Medical and sanitary report of the native army of Bengal for the year
Year: 1876
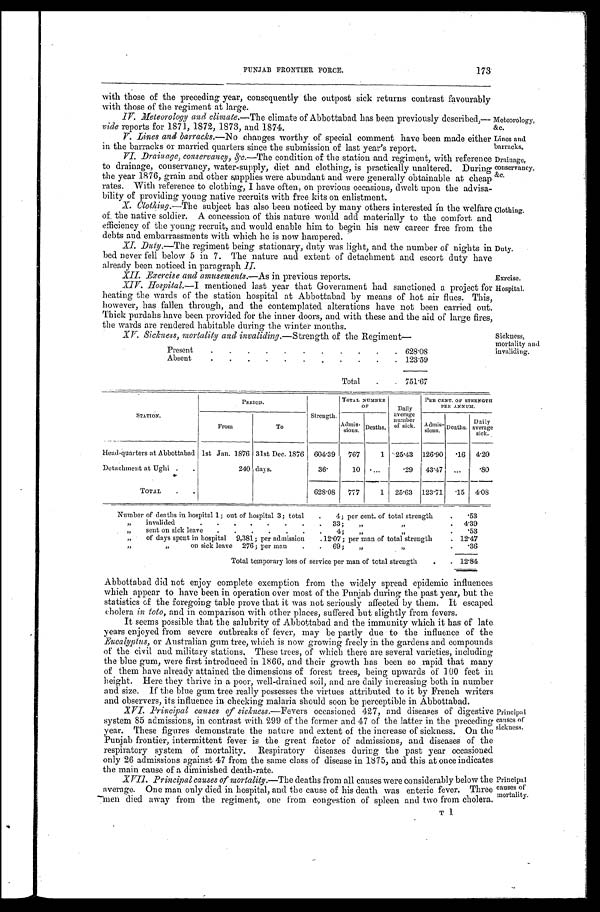
PUNJAB FRONTIER FORCE.
173
with those of the preceding year, consequently the outpost sick returns contrast favourably
with those of the regiment at large.
IV. Meteorology and climate.—The climate of Abbottabad has been previously described,—
vide reports for 1871, 1872, 1873, and 1874.
Meteorology
&c.
V. Lines and barracks.— No changes worthy of special comment have been made either
in the barracks or married quarters since the submission of last year's report.
Lines and
barracks.
VI. Drainage, conservancy, &c. —The condition of the station and regiment, with reference
to drainage, conservancy, water-supply, diet and clothing, is practically unaltered. During
the year 1876, grain and other supplies were abundant and were generally obtainable at cheap
rates. With reference to clothing, I have often, on previous occasions, dwelt upon the advisa
-bility of providing young native recruits with free kits on enlistment.
Drainage,
conservan
cy,
&c.
X. Clothing.—The subject has also been noticed by many others interested in the welfare
of the native soldier. A concession of this nature would add materially to the comfort and
efficiency of the young recruit, and would enable him to begin his new career free from the
debts and embarrassments with which he is now hampered.
Clothing.
XI.
Duty.—The regiment being stationary, duty was light, and the number of nights in
bed never fell below 5 in 7. The nature and extent of detachment and escort duty have
already been noticed in paragraph II.
Duty.
XII. Exercise and amusements.—As in previous reports.
Exrcise.
XIV. Hospital. —I mentioned last year that Government had sanctioned a project for
heating the wards of the station hospital at Abbottabad by means of hot air flues. This,
however, has fallen through, and the contemplated alterations have not been carried out.
Thick purdahs have been provided for the inner doors, and with these and the aid of large fires,
the wards are rendered habitable during the winter months.
Hospital.
Sickness,
mortality and
Present
628.08
Absent
123.59
Total
751.67
STATION.
PERIOD.
Strength.
TOTAL NUMBER
OF
Daily
average
number
of sick.
PER CENT. OF STRENGTH
PER ANNUM.
From
T o
A d m i s -
s i o n s .
Deaths.
A d m i s -
s i o n s . Deaths.
Daily
average
sick.
Head-quarters at Abbottabad 1st Jan. 1876 31st Dec. 1876 604.39 767
1 25.43 126.90 .16 4 . 2 0
Detachment at Ughi
240 days.
36.
10
. 2 9 43.47
.80
TOTAL
623.08 777
1 25.63 123.71 .15 4.08
Number of deaths in hospital 1; out of hospital 3; total 4; per cent. of total strength
.53
„ invalided 33; „ „
4.39
„ sent on sick leave 4;„ „
.53
„ of days spent in hospital 9,381; per admission 12.07; per man of total strength
1 2 . 4 7
„ „ on sick leave 276; per man 69; „ „
.36
Total temporary loss of service per man of total strength
1 2 . 8 4
Abbottabad did not enjoy complete exemption from the widely spread epidemic influences
which appear to have been in operation over most of the Punjab during the past year, but the
statistics of the foregoing table prove that it was not seriously affected by them. It escaped
cholera in toto, and in comparison with other places, suffered but slightly from fevers.
It seems possible that the salubrity of Abbottabad and the immunity which it has of late
years enjoyed from severe outbreaks of fever, may be partly due to the influence of the
Eucalyptus, or Australian gum tree, which is now growing freely in the gardens and compounds
of the civil and military stations. These trees, of which there are several varieties, including
the blue gum, were first introduced in 1866, and their growth has been so rapid that many
of them have already attained the dimensions of forest trees, being upwards of 100 feet in
height. Here they thrive in a poor, well-drained soil, and are daily increasing both in number
and size. If the blue gum tree really possesses the virtues attributed to it by French writers
and observers, its influence in checking malaria should soon be perceptible in Abbottabad.
XVI. Principal causes of sickness. —Fevers occasioned 427, and diseases of digestive
system 85 admissions, in contrast with 299 of the former and 47 of the latter in the preceding
year. These figures demonstrate the nature and extent of the increase of sickness. On the
Punjab frontier, intermittent fever is the great factor of admissions, and diseases of the
respiratory system of mortality. Respiratory diseases during the past year occasioned
only 26 admissions against 47 from the same class of disease in 1875, and this at once indicates
the main cause of a, diminished death-rate.
Principal
causes of
sickness.
XVII. Principal causes of mortality.—The deaths from all causes were considerably below the
average. One man only died in hospital, and the cause of his death was enteric fever. Three
men died away from the regiment, one from congestion of spleen and two from cholera.
Principal
c a u s e s o f m o r t a l i t y .
T1